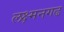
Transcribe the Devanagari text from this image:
लक्ष्मनगढ